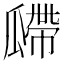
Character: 𤬎